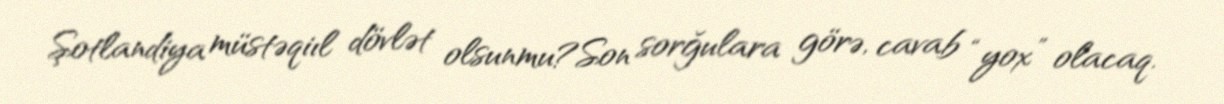
Şotlandiya müstəqiıl dövlət olsunmu?Son sorğulara görə, cavab “yox” olacaq.